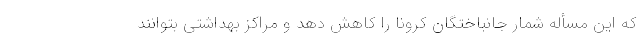
که این مسأله شمار جانباختگان کرونا را کاهش دهد و مراکز بهداشتی بتوانند